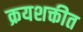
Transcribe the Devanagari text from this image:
क्रयशक्तीत